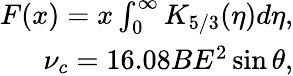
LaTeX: \begin{array}{r}{F(x)=x\int_{0}^{\infty}K_{5/3}(\eta)d\eta,}\\ {\nu_{c}=16.08BE^{2}\sin\theta,}\end{array}